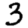
Digit: 3